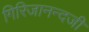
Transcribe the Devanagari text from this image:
गिरिजानन्दजी